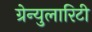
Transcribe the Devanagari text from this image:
ग्रेन्युलारिटी